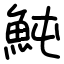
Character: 魨